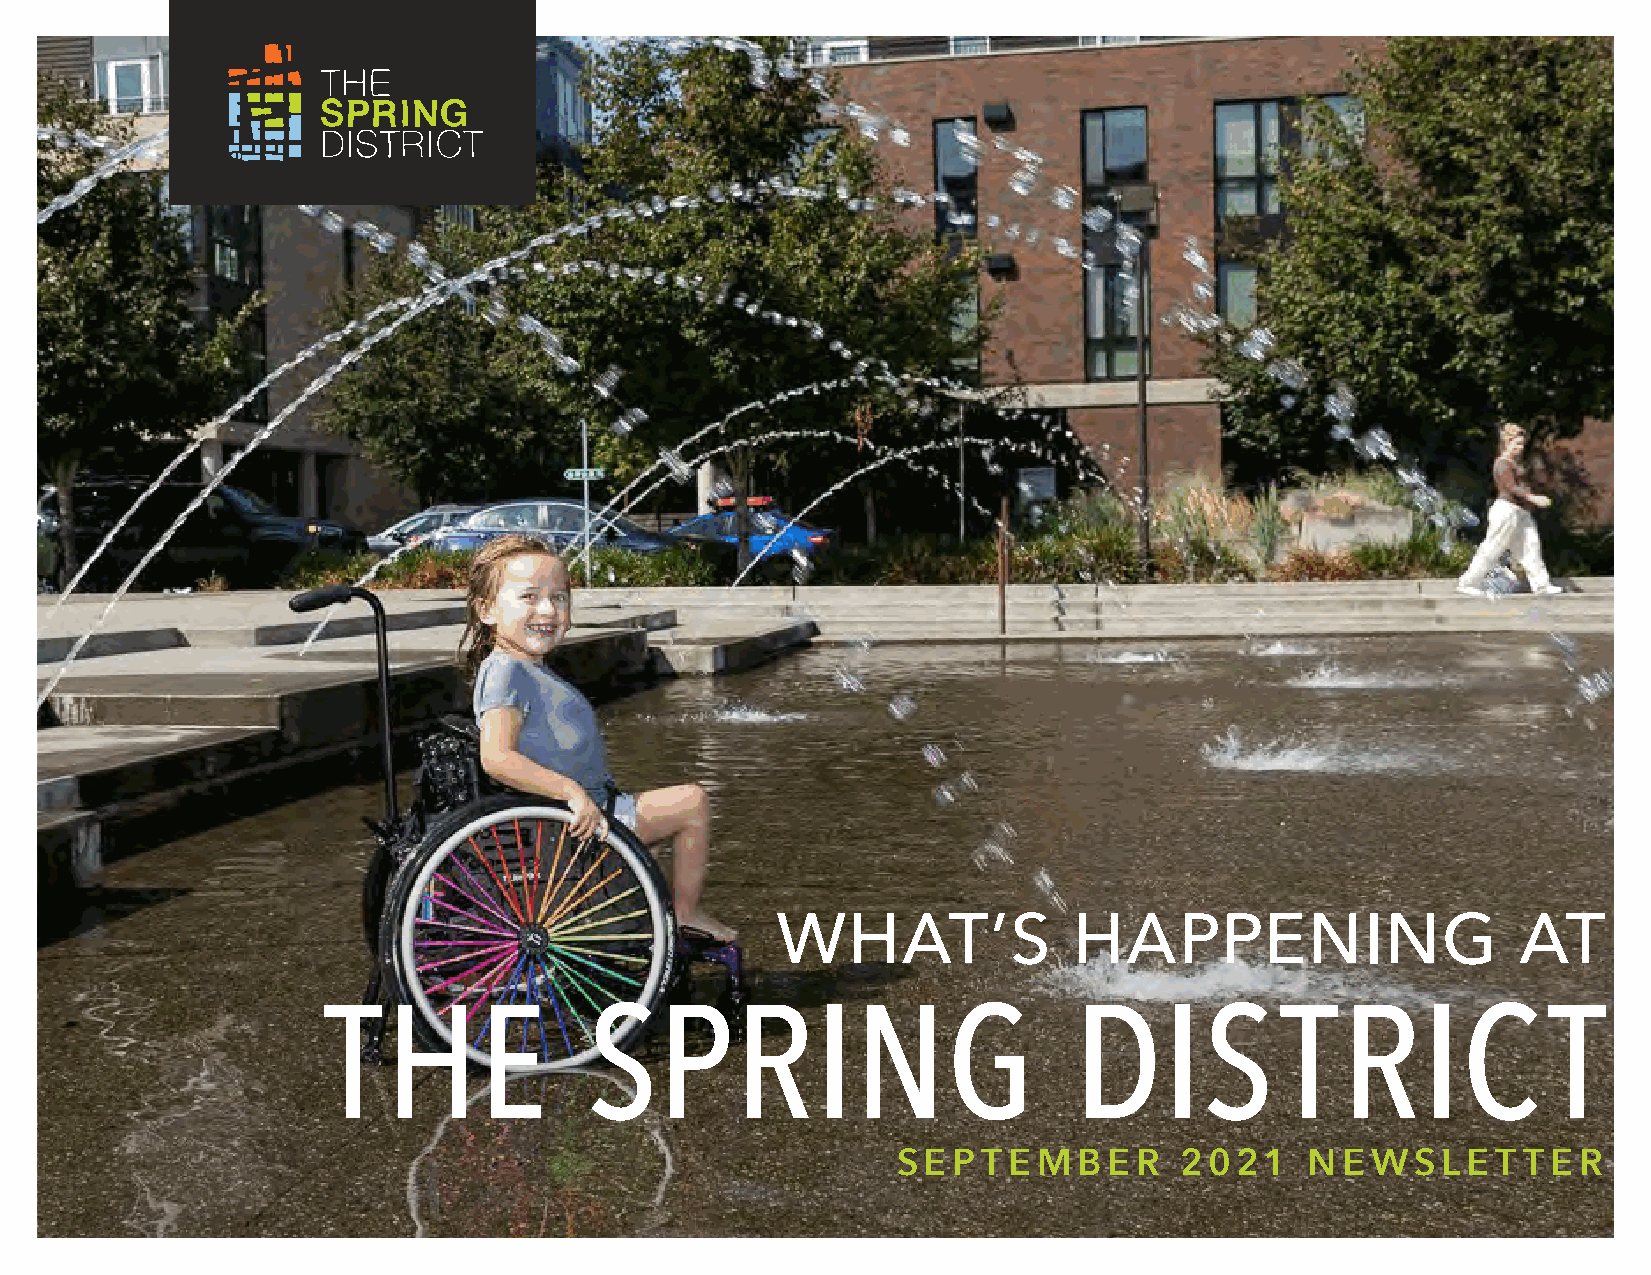
WHAT’S              HAPPENING                     AT
 THE               SPRING                          DIS           TRIC             T
 SEP   TEMBER       2021    NEWSLET        TER
 FEBRUARY:         A  TIME    FOR    LOVE